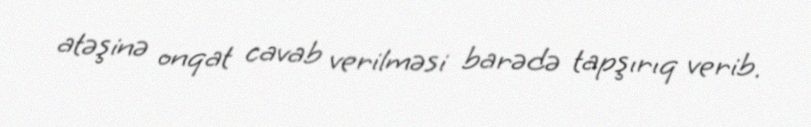
atəşinə onqat cavab verilməsi barədə tapşırıq verib.